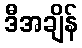
ဒီအချိန်